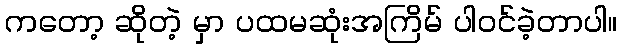
ကတော့ ဆိုတဲ့ မှာ ပထမဆုံးအကြိမ် ပါဝင်ခဲ့တာပါ။